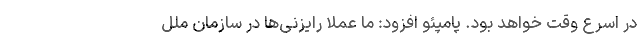
در اسرع وقت خواهد بود. پامپئو افزود: ما عملا رایزنی‌ها در سازمان ملل